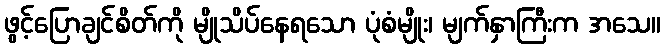
ဖွင့်ပြောချင်စိတ်ကို မျိုသိပ်နေရသော ပုံစံမျိုး၊ မျက်နှာကြီးက အသေ။